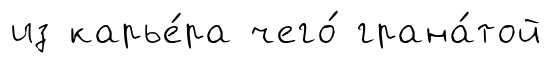
из карье́ра чего́ грана́той